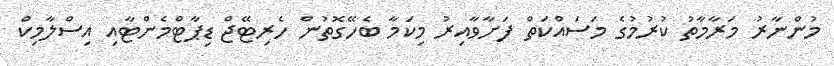
މުންނާރު މަރާމާތު ކުރުމުގެ މަސައްކަތް ފަށާވާއިރު މިކަމާ ބެހޭގޮތުން ހެރިޓޭޖް ޑިޕާޓްމެންޓާއި އިސްލާމިކް